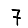
Digit: 7